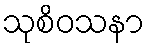
သုစိဝသနာ